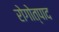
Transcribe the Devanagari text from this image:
रोगोत्पाद